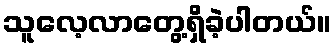
သူလေ့လာတွေ့ရှိခဲ့ပါတယ်။